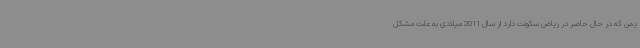
یمن که در حال حاضر در ریاض سکونت دارد از سال 2011 میلادی به علت مشکل